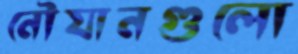
নৌযানগুলো